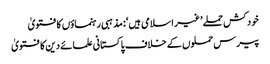
خودکش حملے ’غیر اسلامی ہیں‘: مذہبی رہنماؤں کا فتویٰ
پیرس حملوں کے خلاف پاکستانی علمائے دین کا فتویٰ